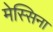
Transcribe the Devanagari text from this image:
मेस्सिना